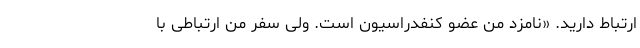
ارتباط دارید. «نامزد من عضو کنفدراسیون است. ولی سفر من ارتباطی با